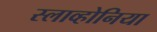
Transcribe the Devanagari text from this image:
स्लाव्होनिया